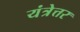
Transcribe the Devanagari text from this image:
यंत्रेत्तर